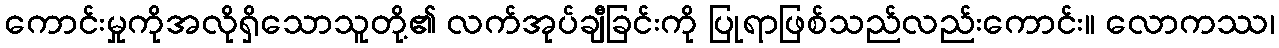
ကောင်းမှုကိုအလိုရှိသောသူတို့၏ လက်အုပ်ချီခြင်းကို ပြုရာဖြစ်သည်လည်းကောင်း။ လောကဿ၊